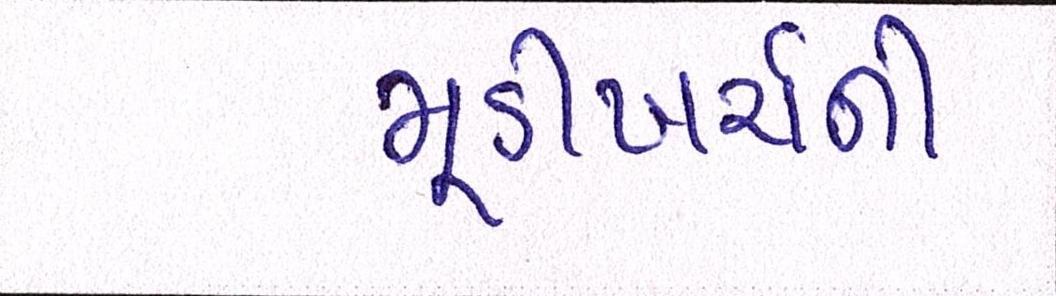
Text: મૂડીખર્ચની